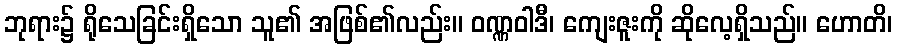
ဘုရား၌ ရိုသေခြင်းရှိသော သူ၏ အဖြစ်၏လည်း။ ဝဏ္ဏဝါဒီ၊ ကျေးဇူးကို ဆိုလေ့ရှိသည်။ ဟောတိ၊